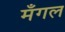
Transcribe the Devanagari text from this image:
मँगल